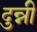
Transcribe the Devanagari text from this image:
दुन्नी